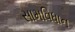
સામવિધાન